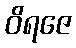
ဝိရဇေ